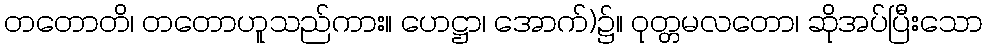
တတောတိ၊ တတောဟူသည်ကား။ ဟေဋ္ဌာ၊ အောက်)၌။ ဝုတ္တမလတော၊ ဆိုအပ်ပြီးသော